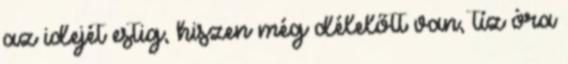
az idejét estig, hiszen még délelőtt van, tíz óra